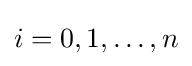
i=0,1,\ldots ,n